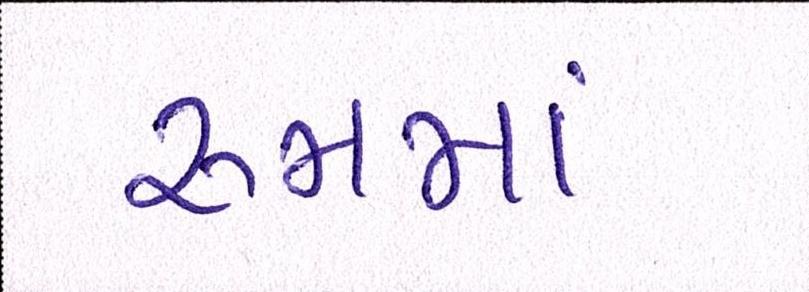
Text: રૂમમાં